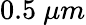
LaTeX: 0.5\ \mu m